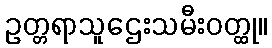
ဥတ္တရာသူဌေးသမီးဝတ္ထု။